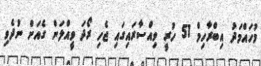
މުހައްމަދު އިބްރާހިމް 51 ހުރީ ވިއްސާރައިގައި ޖެހި ރޯދަ ވީއްލަން ގެއަށް ނުދެވި